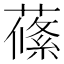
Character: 𦺰